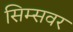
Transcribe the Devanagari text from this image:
सिम्सवर